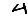
Digit: 4